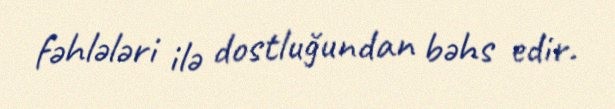
fəhlələri ilə dostluğundan bəhs edir.